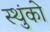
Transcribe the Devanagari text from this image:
स्थुंको